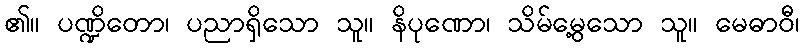
၏။ ပဏ္ဍိတော၊ ပညာရှိသော သူ။ နိပုဏော၊ သိမ်မွေ့သော သူ။ မေဓာဝီ၊